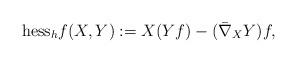
LaTeX: \begin{align*}\mathrm{hess}_hf(X,Y) := X(Yf) - (\bar{\nabla}_XY)f, \end{align*}